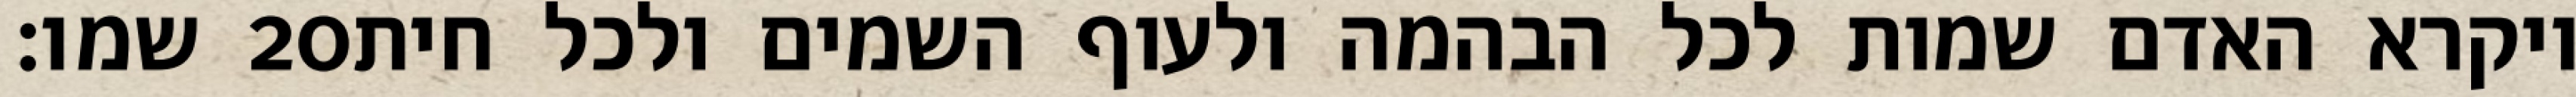
שמו׃ ‎20‏ ויקרא האדם שמות לכל הבהמה ולעוף השמים ולכל חית